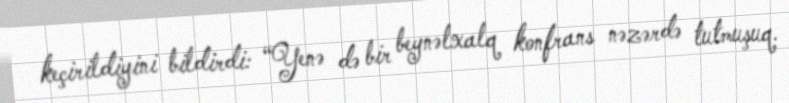
keçirildiyini bildirdi: “Yenə də bir beynəlxalq konfrans nəzərdə tutmuşuq.